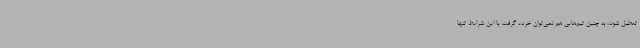
تعطیل شود، به چنین تیم‌هایی هم نمی‌توان خرده گرفت. با این شرایط تنها